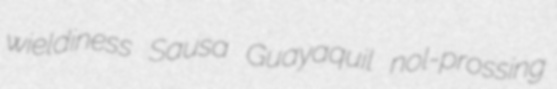
wieldiness Sausa Guayaquil nol-prossing